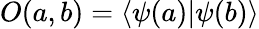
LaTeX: O(a,b)=\langle\psi(a)|\psi(b)\rangle